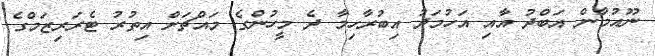
ނޫއުމާން އަބްދު އާއި އަހުމަދު އިބުރާހިމާ ދެ މީހުންގެ މައްޗަށް އިތުރު ޓެރަރިޒަމްގެ